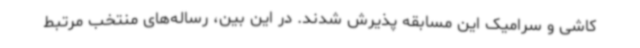
کاشی و سرامیک این مسابقه پذیرش شدند. در این بین، رساله‌های منتخب مرتبط